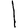
Digit: 1